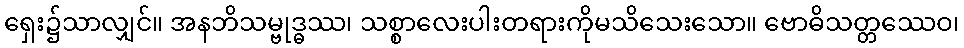
ရှေး၌သာလျှင်။ အနဘိသမ္ဗုဒ္ဓဿ၊ သစ္စာလေးပါးတရားကိုမသိသေးသော။ ဗောဓိသတ္တဿေဝ၊